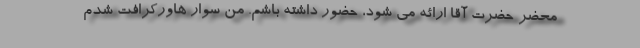
محضر حضرت آقا ارائه می شود، حضور داشته باشم. من سوار هاورکرافت شدم